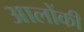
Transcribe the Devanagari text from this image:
आलोंकी